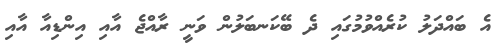
އެ ބައްދަލު ކުރެއްވުމުގައި ދެ ބޭކަނބަލުން ވަނީ ރާއްޖެ އާއި އިންޑިއާ އާއި